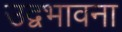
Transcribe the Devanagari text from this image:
उद्वभावना